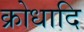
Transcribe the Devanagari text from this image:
क्रोधादि